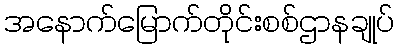
အနောက်မြောက်တိုင်းစစ်ဌာနချုပ်